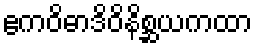
ဧကဝိဓာဒိဝိနိစ္ဆယကထာ